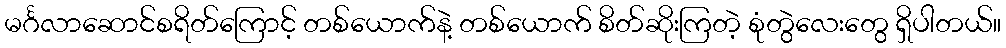
မင်္ဂလာဆောင်စရိတ်ကြောင့် တစ်ယောက်နဲ့ တစ်ယောက် စိတ်ဆိုးကြတဲ့ စုံတွဲလေးတွေ ရှိပါတယ်။